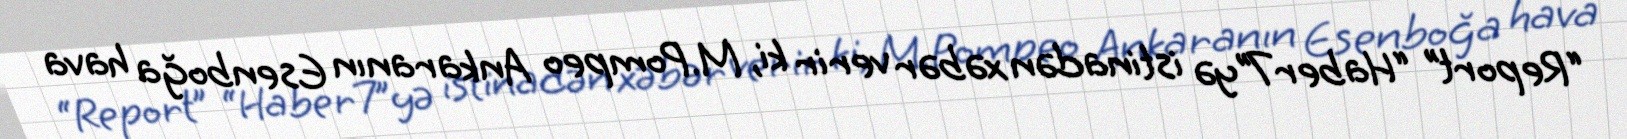
“Report” “Haber7”yə istinadən xəbər verir ki, M.Pompeo Ankaranın Esenboğa hava